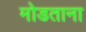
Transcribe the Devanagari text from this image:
मोडताना